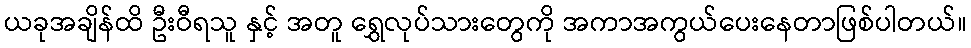
ယခုအချိန်ထိ ဦးဝီရသူ နှင့် အတူ ရွှေလုပ်သားတွေကို အကာအကွယ်ပေးနေတာဖြစ်ပါတယ်။